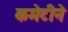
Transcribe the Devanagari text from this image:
कमेटीने